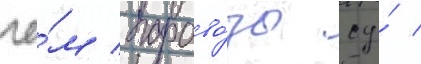
че́м парово́зы су́ /